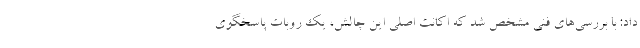
داد: با بررسی‌های فنی مشخص شد که اکانت اصلی این چالش، یک روبات پاسخگوی